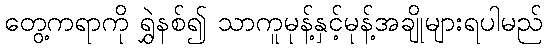
တွေ့ကရာကို ရွှဲနစ်၍ သာကူမုန့်နှင့်မုန့်အချိုများရပါမည်